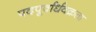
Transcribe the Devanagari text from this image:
पदपूर्वार्धवक्रता